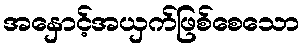
အနှောင့်အယှက်ဖြစ်စေသော